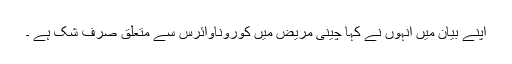
اپنے بیان میں انہوں نے کہا چینی مریض میں کوروناوائرس سے متعلق صرف شک ہے ۔